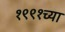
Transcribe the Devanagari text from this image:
१९९१च्या